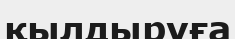
қылдыруға